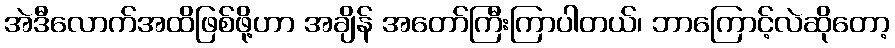
အဲဒီလောက်အထိဖြစ်ဖို့ဟာ အချိန် အတော်ကြီးကြာပါတယ်၊ ဘာကြောင့်လဲဆိုတော့